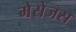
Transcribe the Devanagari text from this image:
मेसेजस